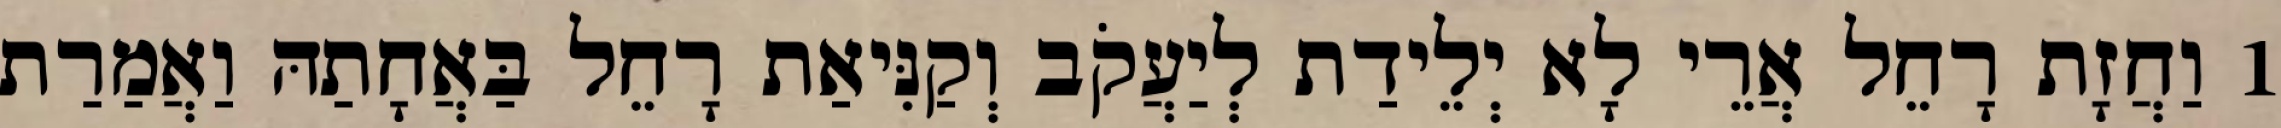
1 וַחֲזָת רָחֵל אֲרֵי לָא יְלֵידַת לְיַעֲקֹב וְקַנִּיאַת רָחֵל בַּאֲחָתַהּ וַאֲמַרַת